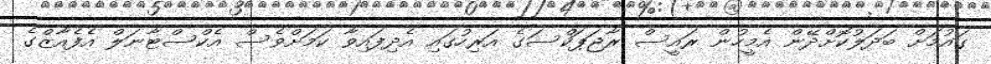
ގައުމަށް ބަދަލުކޮށްދޭން އެމީހުން ރައީސް ރާޖަޕަކްސަގެ އަރިހުގައި އެދިފައިވާ ކަމަށްވެސް އެކްސްޓާނަލް އެފެއާޒްގެ